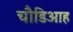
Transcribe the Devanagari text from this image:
चौडिआह